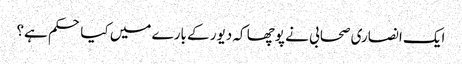
ایک انصاری صحابی نے پوچھا کہ دیور کے بارے میں کیا حکم ہے؟